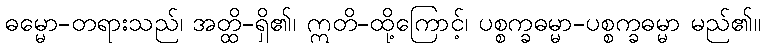
ဓမ္မော-တရားသည်၊ အတ္ထိ-ရှိ၏၊ ဣတိ-ထို့ကြောင့်၊ ပစ္စက္ခဓမ္မာ-ပစ္စက္ခဓမ္မာ မည်၏။